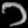
Digit: ၁